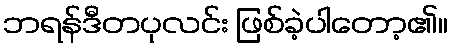
ဘရန်ဒီတပုလင်း ဖြစ်ခဲ့ပါတော့၏။